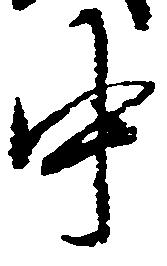
中